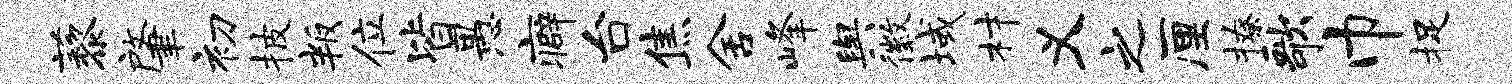
藜肇初披叛位皆愚癖台焦舍峰舆徽域材义之厘撩歌巾捉